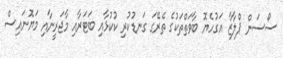
ސޯސަން ޕްލާޒާ އަގުހެޔޮ ބާވަތްތަކުގެ ތެރޭގަ ގަނޑުކުރި ކުކުޅާއި ބަޓަރާއި މާޖަރީނާއި މަޔޮނައިސް